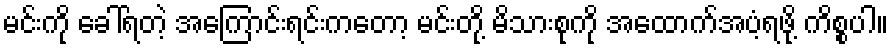
မင်းကို ခေါ်ရတဲ့ အကြောင်းရင်းကတော့ မင်းတို့ မိသားစုကို အထောက်အပံ့ရဖို့ ကိစ္စပါ။